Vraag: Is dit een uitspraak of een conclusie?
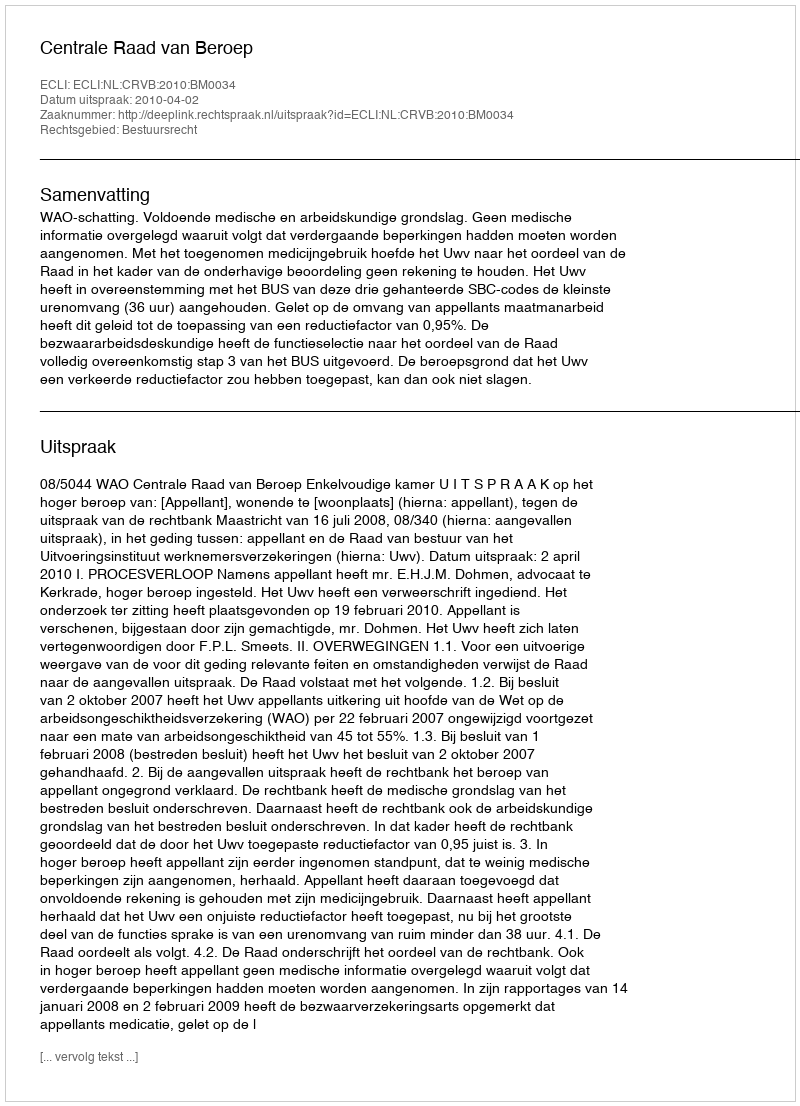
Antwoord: Uitspraak